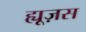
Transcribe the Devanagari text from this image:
ह्यूज़स